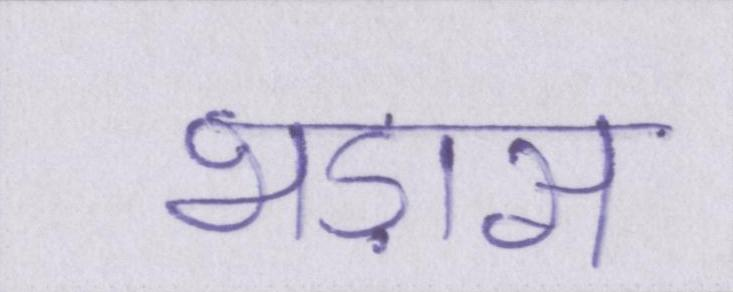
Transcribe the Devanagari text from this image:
भड़ास